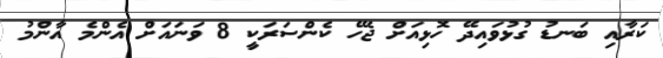
ކަރާއި ބަނޑު ގުޅުވައިދޭ ހޮޅިއަށް ޖެހޭ ކެންސަރަކީ 8 ވަނައަށް އެންމެ އާންމު